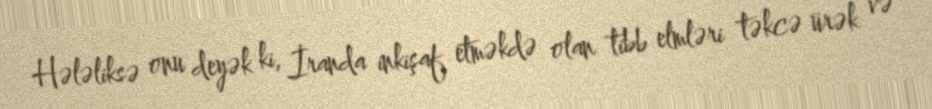
Hələliksə onu deyək ki, İranda inkişaf etməkdə olan tibb elmləri təkcə ürək və